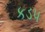
કડપ